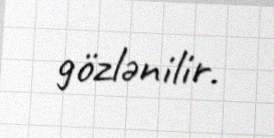
gözlənilir.